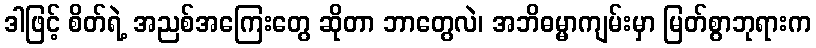
ဒါဖြင့် စိတ်ရဲ့ အညစ်အကြေးတွေ ဆိုတာ ဘာတွေလဲ၊ အဘိဓမ္မာကျမ်းမှာ မြတ်စွာဘုရားက